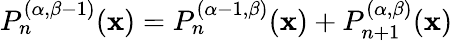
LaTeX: P_{n}^{(\alpha,\beta-1)}(\mathbf{x})=P_{n}^{(\alpha-1,\beta)}(\mathbf{x})+P_{n+1}^{(\alpha,\beta)}(\mathbf{x})